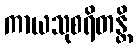
ကာယသုစရိတန္တိ